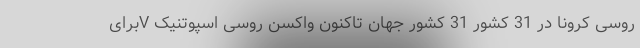
روسی کرونا در 31 کشور 31 کشور جهان تاکنون واکسن روسی اسپوتنیک V‌برای